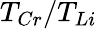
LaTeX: T_{Cr}/T_{Li}